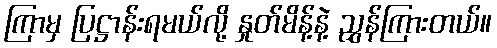
ကြာမှ ပြဋ္ဌာန်းရမယ်လို့ နှုတ်မိန့်နဲ့ ညွှန်ကြားတယ်။